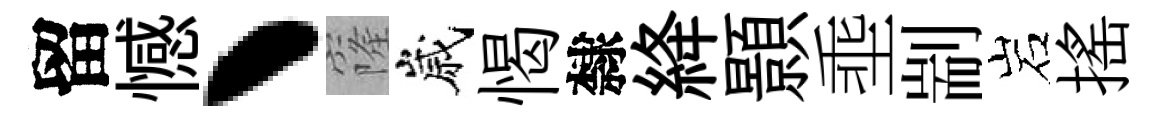
留憾丶窿嵗愒隸絳顥埀剬岩揺